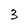
Character: 3